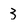
Character: 3